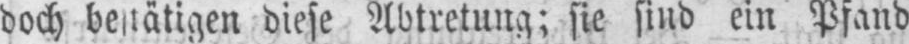
diese Abtretung; sie sind ein Pfand